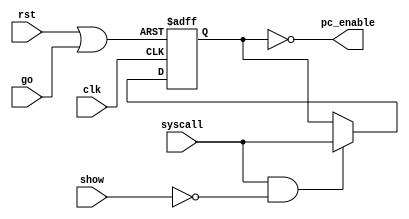
`timescale 1ns / 1ps
//////////////////////////////////////////////////////////////////////////////////
//
// 
// Design Name: 
// Module Name: EnablePC
// Project Name: MIPS CPU
// Target Devices: Nexys 4 DDR
// 
//////////////////////////////////////////////////////////////////////////////////


module EnablePC_Pipeline (
        input syscall,
        input show, 
        input rst,
        input go,
        input clk,
        output pc_enable
    );
    wire enable_in;
    wire rst_in;
    reg pc_enable_out;

    initial begin
        pc_enable_out = 0;
    end

    assign enable_in = syscall & ~show;

    assign rst_in = rst | go;

    assign pc_enable = ~pc_enable_out;

    always @(negedge clk or posedge rst_in) begin
        if (rst_in == 1) begin
            pc_enable_out = 0;
        end
        else if (enable_in != 0) begin
            pc_enable_out <= syscall;
        end
    end

endmodule